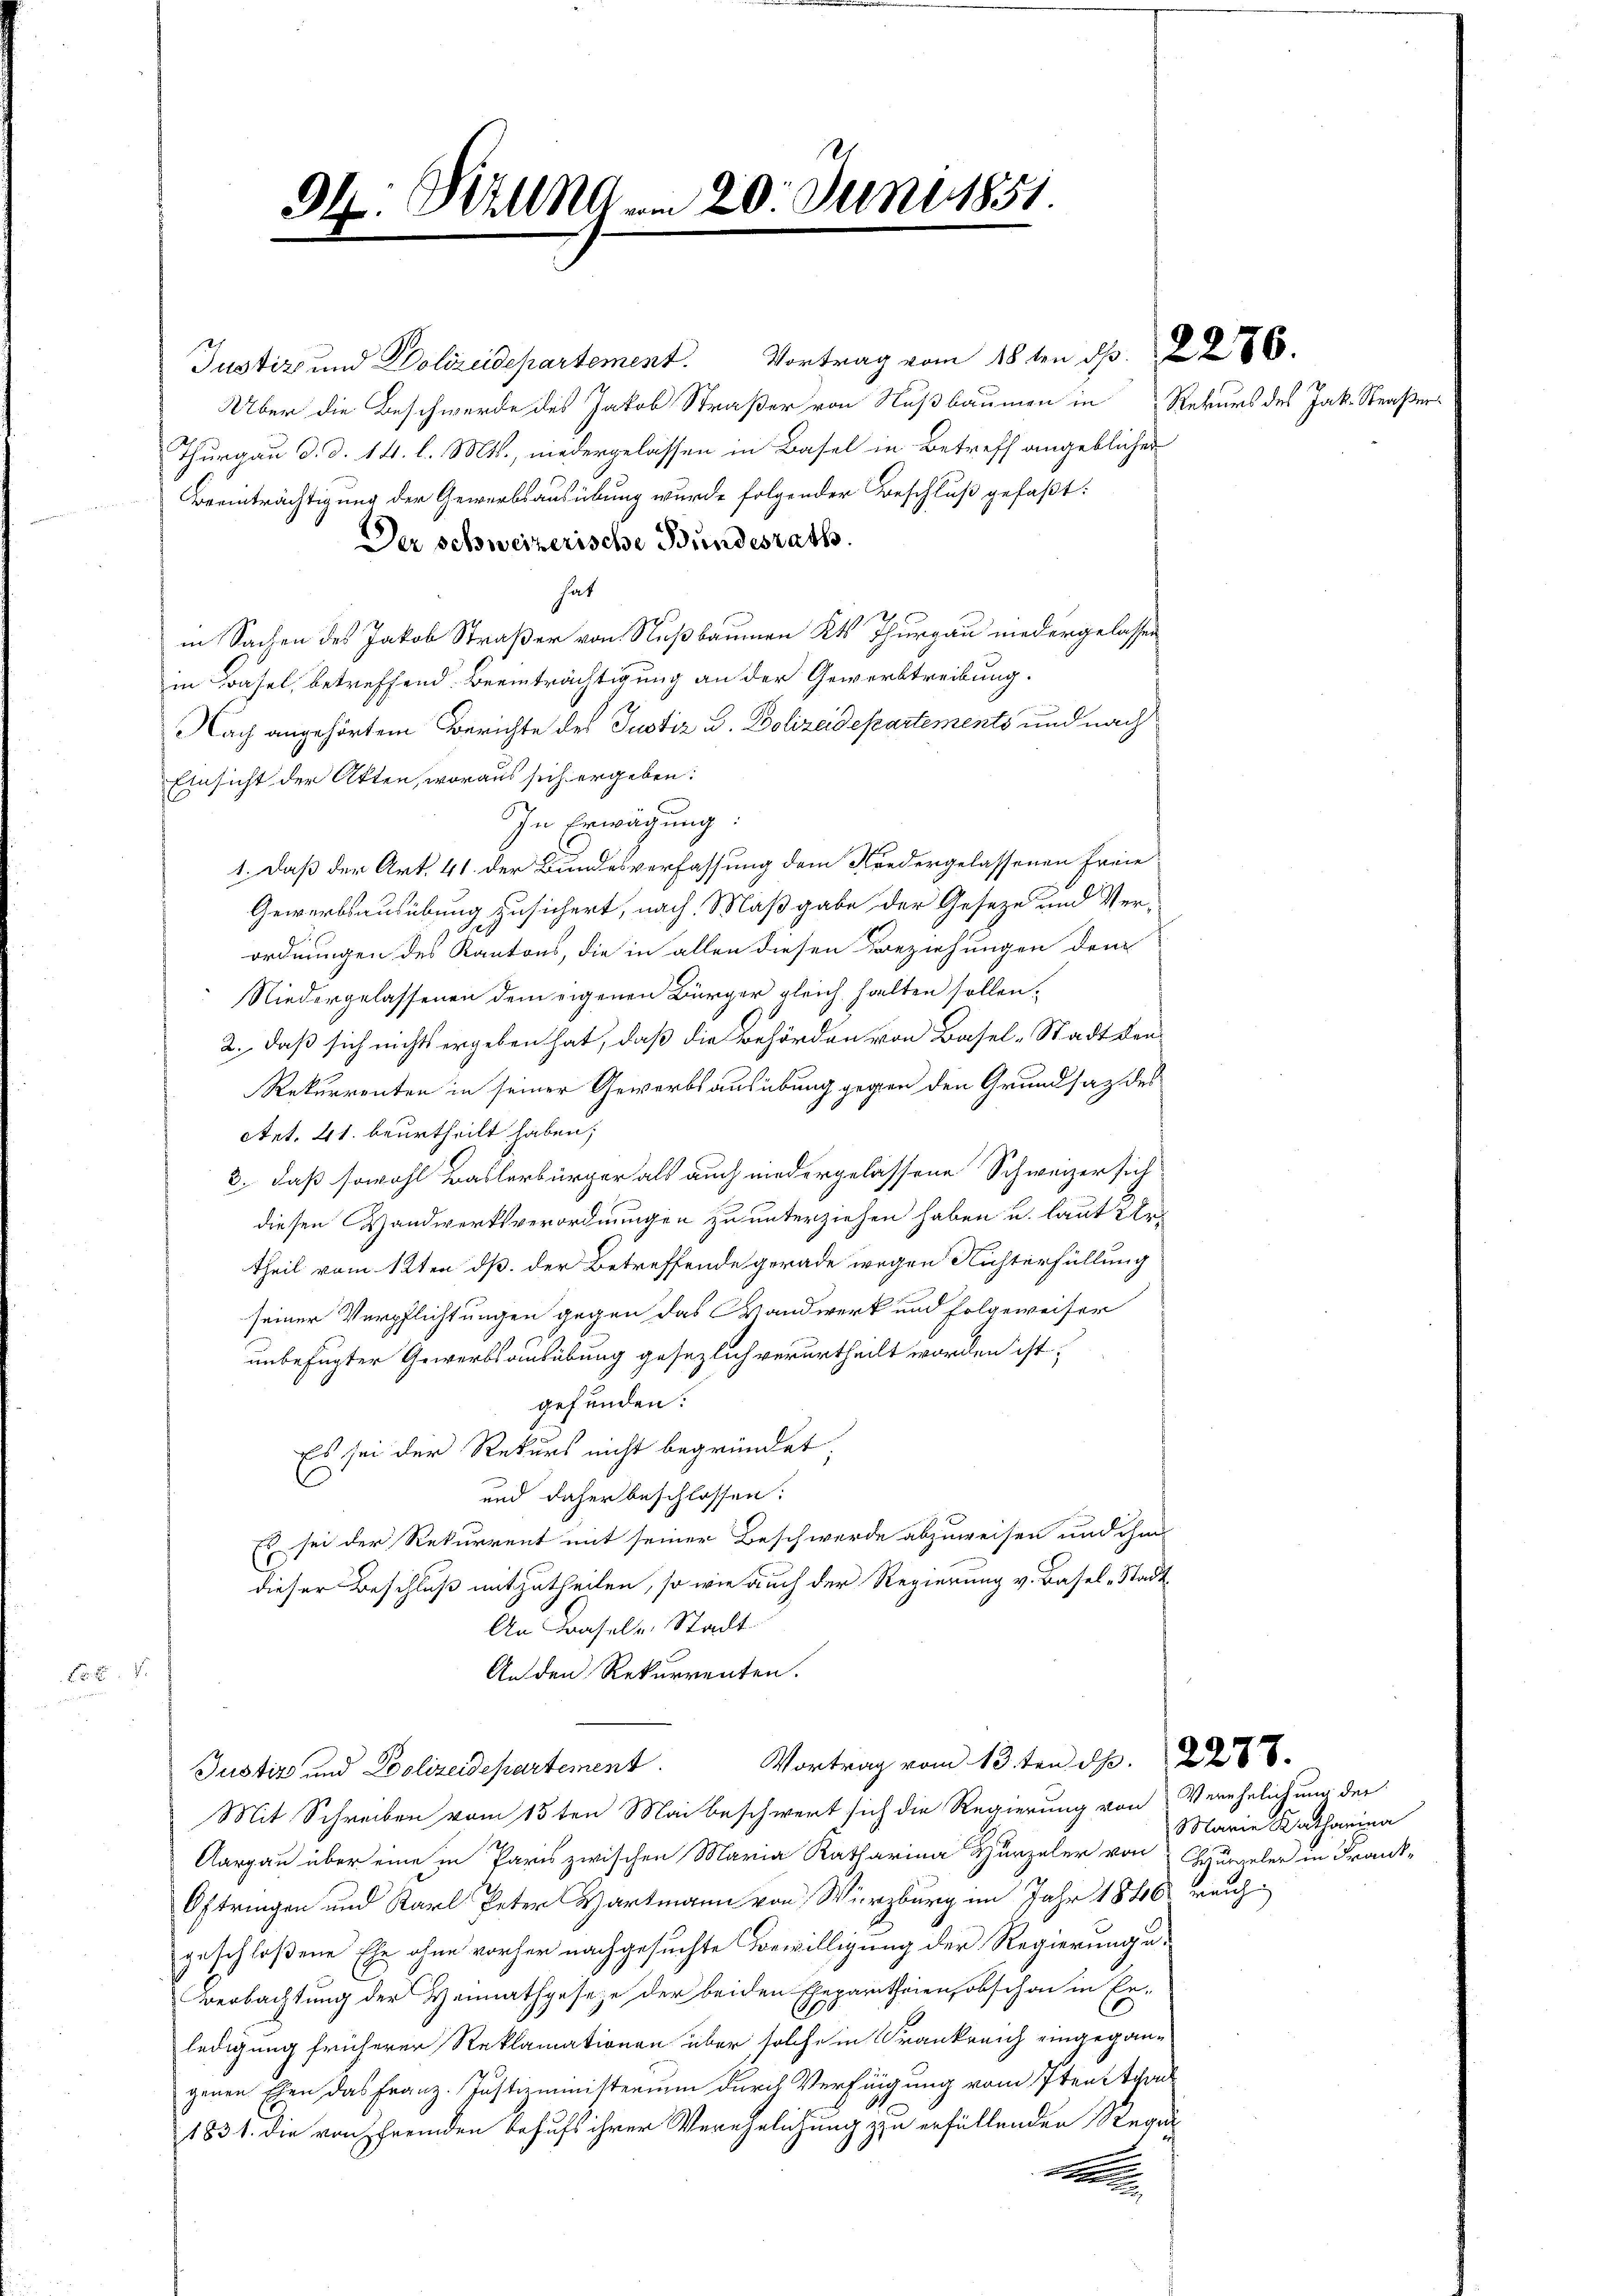
94. Will am 20. Juni 1851

Justiz und Polizeidepartement. Vortrag vom 18ten d. 286.
Über die Beschwerde des Jakob Straßer von Nußbaumen in Rekurs des Jak. Straßer¬
Thurgau d. d. 14. l. Mts., niedergelassen in Basel in Betreff angeblicher
Beeinträchtigung der Gewerbsausübung wurde folgender Beschluß gefaßt:
Der schweizerische Bundesrath
hat
in Sachen des Jakob Straßer von Nußbaumen Kt. Thurgau niedergelassen
in Basel, betreffend Beeinträchtigung an der Gewerbtreibung.
Nach angehörtem Berichte des Justiz u. Dolizeidepartements und nach
Einsicht der Akten, woraus sich ergeben:
In Erwägung:
1. Daß der Art. 41 der Bundesverfassung dem Niedergelassenen Freie
Gewerbsausübung zusichert, nach Maßgabe der Geseze und Verordnungen des Kantons, die in allen diesen Beziehungen dem
Niedergelassenen dem eigenen Bürger gleich halten sollen.
2., daß sich nichts ergeben hat, daß die Behörden von Basel-Stadt den
Rekurrenten in seiner Gewerbsausübung gegen den Grundsaz des
Ant. 21. beurtheilt haben;
3. daß sowohl Baslerbürger als auch niedergelassene Schweizer sich
diesen Handwerksverordnungen zu unterziehen haben u. laut Urtheil vom 12ten dß der Betreffende gerade wegen Nichterfüllung
seiner Verpflichtungen gegen das Wandwerk und Folgeweiser
unbefugter Gewerbsausübung gesezlich verurtheilt worden ist,
gefunden.
Es sei der Rekurs nicht begründet;
und daher beschlossen:
Es sei der Rekurrent mit seiner Beschwerde abzuweisen und ihm
dieser Beschluß mitzutheilen, so wie auch der Regierung v. Basel-Stadt¬
An Krasels Stadt
An den Rekurrenten.

Justiz und Polizeidepartement. Vortrag vom 13ten d. 228
Mit Schreiben vom 15ten Mai beschwert sich die Regierung von Verehelichung der
Aargau über eine in Paris zwischen Maria Katharina Hurzeler von
Oftringen und Karl Peter Hartmann von Würzburg im Jahr 1846
geschloßene Ehe ohne vorher nachgesuchte Bewilligung der Regierunge
Beobachtung der Heimathgesetze der beiden Ehepartheien, obschon in Er-
ledigung früherer Reklamationen über solche in Frankreich eingegangenen Ehen das Franz. Justizministerium durch Verfügung vom 17ten Trac
1831. die von fremden behufs ihrer Verehelichung zu erfüllenden Requ
d

Marie Katharina
Brummeler in Frankrauch